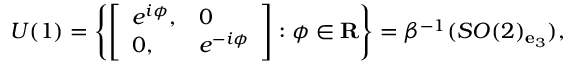
U ( 1 ) = \left\{ \left[ \begin{array} { l l } { { e ^ { i \phi } , } } & { { 0 } } \\ { { 0 , } } & { { e ^ { - i \phi } } } \end{array} \right] : \phi \in { \bf R } \right\} = \beta ^ { - 1 } ( S O ( 2 ) _ { { \bf e } _ { 3 } } ) ,